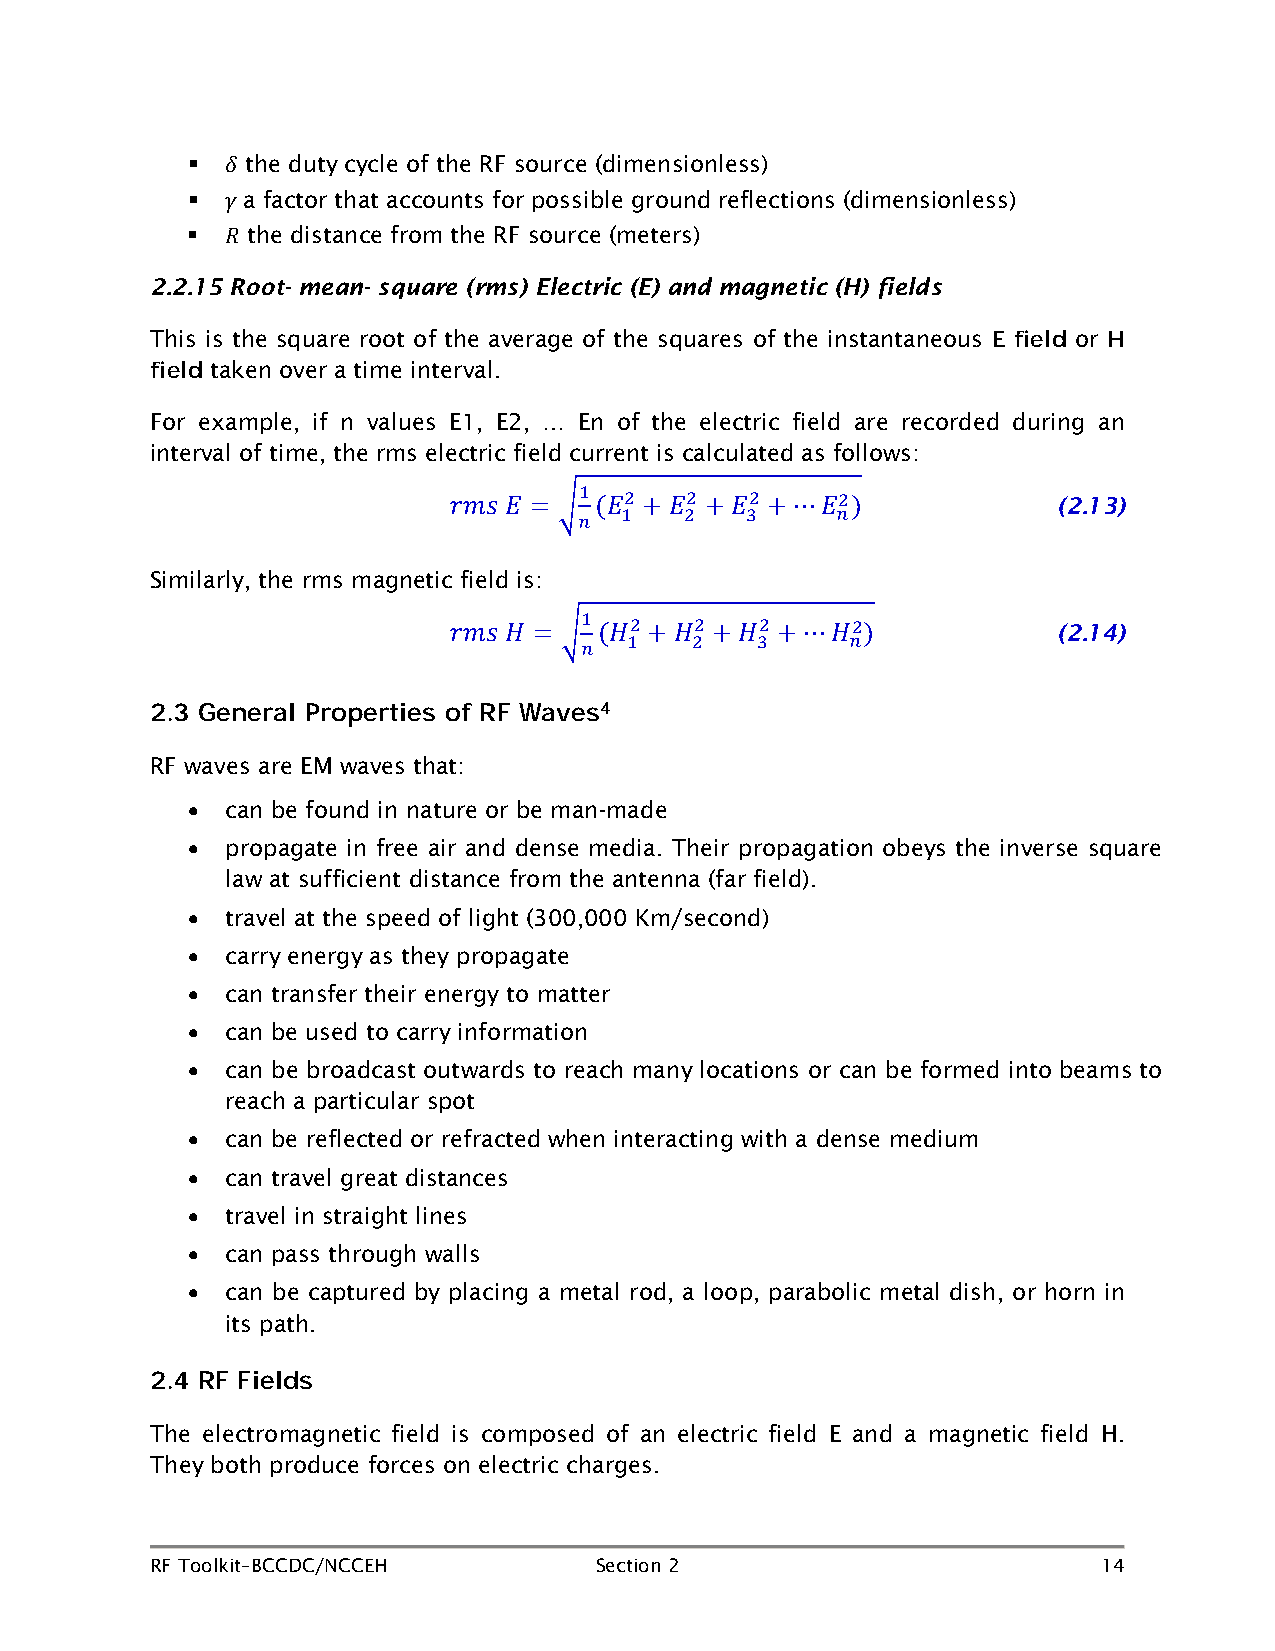
   the duty cycle of the RF source (dimensionless)
    a factor that accounts for possible ground reflections (dimensionless)
 𝛿
    the distance from the RF source (meters)
 𝛾
 2.2.15 𝑅Root- mean- square (rms) Electric (E) and magnetic (H) fields
 This is the square root of the average of the squares of the instantaneous or
 E field H
 taken over a time interval.
 field
 For example, if n values E1, E2, … En of the electric field are recorded during an
 interval of time, the rms electric field current is calculated as follows:
 (2.13)
 1  2   2    2     2
 𝑟𝑚𝑠 𝐸 = �𝑛(𝐸1 +𝐸2 + 𝐸3 +⋯𝐸𝑛 )
 Similarly, the rms magnetic field is:
 (2.14)
 1   2   2   2     2
 𝑟𝑚𝑠 𝐻 = �𝑛(𝐻1 +𝐻2 +𝐻3 +⋯𝐻𝑛 )
 2.3 General Properties of RF Waves4
 RF waves are EM waves that:
 •  can be found in nature or be man-made
 •  propagate in free air and dense media. Their propagation obeys the inverse square
 law at sufficient distance from the antenna (far field).
 •  travel at the speed of light (300,000 Km/second)
 •  carry energy as they propagate
 •  can transfer their energy to matter
 •  can be used to carry information
 •  can be broadcast outwards to reach many locations or can be formed into beams to
 reach a particular spot
 •  can be reflected or refracted when interacting with a dense medium
 •  can travel great distances
 •  travel in straight lines
 •  can pass through walls
 •  can be captured by placing a metal rod, a loop, parabolic metal dish, or horn in
 its path.
 2.4 RF Fields
 The electromagnetic field is composed of an electric field E and a magnetic field H.
 They both produce forces on electric charges.
 RF Toolkit–BCCDC/NCCEH       Section 2                         14